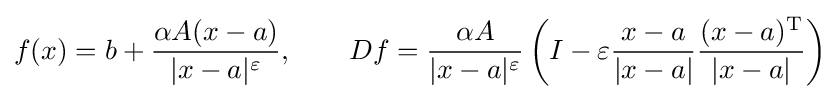
f(x)=b+{\frac {\alpha A(x-a)}{|x-a|^{\varepsilon }}},\qquad Df={\frac {\alpha A}{|x-a|^{\varepsilon }}}\left(I-\varepsilon {\frac {x-a}{|x-a|}}{\frac {(x-a)^{\mathrm {T} }}{|x-a|}}\right)